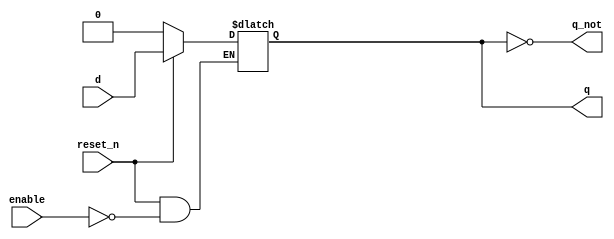
module d_latch_rstn(
    input d,
    input enable,
    input reset_n,
    output q,
    output q_not
);

    reg d_latch;

    always @(d or enable or reset_n) begin
        if(!reset_n)
           d_latch <= 1'b0;
        else if (enable)
            d_latch <= d;

    end

    assign q = d_latch;
    assign q_not = ~q;
endmodule